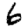
Digit: 6